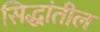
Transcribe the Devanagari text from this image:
सिद्धांतील